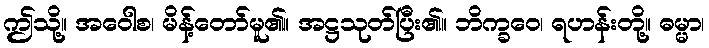
ဤသို့။ အဝေါစ၊ မိန့်တော်မူ၏။ အဋ္ဌသုတ်ပြီး၏။ ဘိက္ခဝေ၊ ရဟန်းတို့။ ဓမ္မာ၊